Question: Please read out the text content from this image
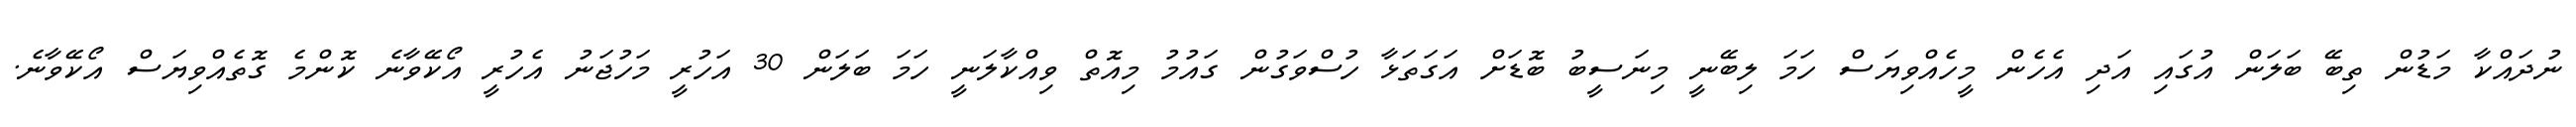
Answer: ނުދައްކާ މަޑުން ތިބޭ ބަލަން އުގައި އަދި އެހެން މީހެއްވިޔަސް ހަމަ ލިބޭނީ މިނަސީބު ބޮޑަށް އަގަތަޅާ ހުސްވަގުން ގައުމު މިއޮތް ވިއްކާލަނީ ހަމަ ބަލަން 30 އަހުރީ މަހުޖަނު އެހުރީ އޯކޭވާނެ ކޮންމެ ގޮތެއްވިޔަސް އޯކޭވާނެ.